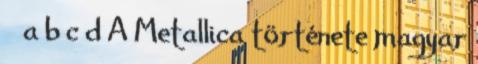
↑ a b c d A Metallica története magyar